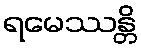
ရမေဿန္တိ